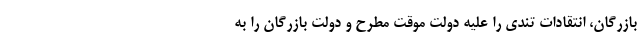
بازرگان، انتقادات تندی را علیه دولت موقت مطرح و دولت بازرگان را به